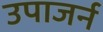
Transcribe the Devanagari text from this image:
उपाजर्न